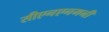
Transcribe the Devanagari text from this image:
सीएनएनमनी